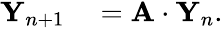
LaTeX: \begin{array}{rl}{{\mathbf Y}_{n+1}}&{{}={\mathbf A}\cdot{\mathbf Y}_{n}.}\end{array}